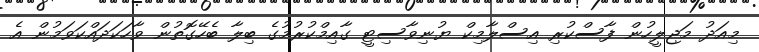
މިއަދު މަޖިލީހުން ފާސްކުރި އިސްލާމިކް ޔުނިވާސިޓީ ގާއިމްކުރުމުގެ ބިލާ ބެހޭގޮތުން ވާހަކަދައްކަވަމުން އެ